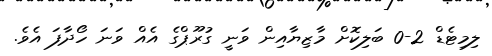
ލިމިޓެޑް 2-0 ބަލިކޮށް މާޒިޔާއިން ވަނީ ގުރޫޕްގެ އެއް ވަނަ ހޯދާފަ އެވެ.